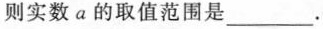
则实数a的取值范围是___.